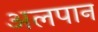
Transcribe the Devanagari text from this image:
अलपान